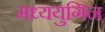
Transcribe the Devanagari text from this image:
मध्ययुगिन